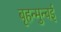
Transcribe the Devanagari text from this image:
बृहन्मुन्बई